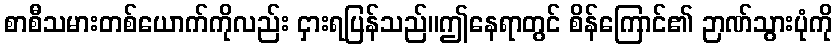
စာစီသမားတစ်ယောက်ကိုလည်း ငှားရပြန်သည်။ဤနေရာတွင် စိန်ကြောင်၏ ဉာဏ်သွားပုံကို